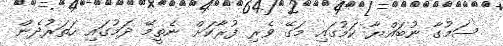
ސަމުގާ ނުބައްޔާ ކަމުގައި މަގޭ ވެރި ފުރާކަށް ނެތީމޭ ދަމުގައި ހަތަރުދެން